Scottish Leaving Certificate Examination, 1953
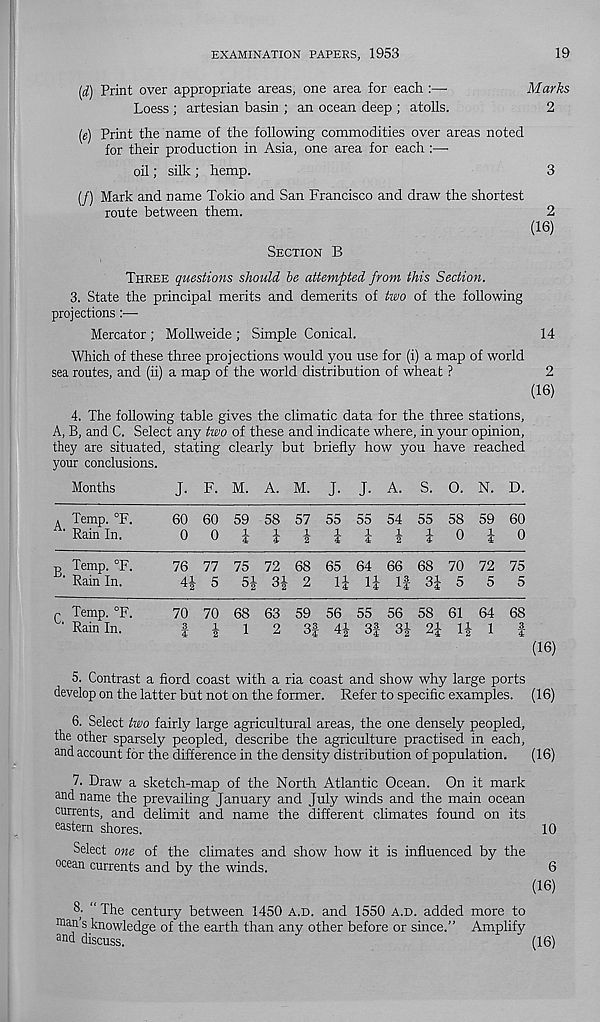
EXAMINATION PAPERS, 1953
19
[d) Print over appropriate areas, one area for each :—•
Marks
Loess ; artesian basin ; an ocean deep ; atolls.
2
(«) Print the name of the following commodities over areas noted
for their production in Asia, one area for each :—
oil; silk ; hemp.
3
(/) Mark and name Tokio and San Francisco and draw the shortest
route between them.
2
(16)
SECTION B
THREE questions should he attempted from this Section.
3.
State the principal merits and demerits of two of th
projections
Mercator ; Mollweide ; Simple Conical.
14
Which of these three projections would you use for (i) a map of world
sea routes, and (ii) a map of the world distribution of wheat ?
2
(16)
4.
The following table gives the climatic data for the th
A, B, and C. Select any two of these and indicate where, in your opinion,
they are situated, stating clearly but briefly how you have reached
your conclusions.
Months
J. F. M. A. M. J. J. A. S. O. N. D.
A Temp. °F.
60 60 59 58 57 55 55 54 55 58 59 60
Rain In.
0 0iJiii!i0i0
? Temp. °F.
76 77 75 72 68 65 64 66 68 70 72 75
Rain In.
4J 5 SJ 3| 2
1J 1| If 3| 5 5 5
r Temp. °F.
70 70 68 63 59 56 55 56 58 61 64 68
' Rain In.
f §
1
2 3f 4J 3f 3J 2J 1J 1
f
(16)
5. Contrast a fiord coast with a ria coast and show why large ports
develop on the latter but not on the former. Refer to specific examples. (16)
6. Select two fairly large agricultural areas, the one densely peopled,
the other sparsely peopled, describe the agriculture practised in each,
and account for the difference in the density distribution of population.
(16)
7. Draw a sketch-map of the North Atlantic Ocean. On it mark
and name the prevailing January and July winds and the main ocean
currents, and delimit and name the different climates found on its
eastern shores.
10
Select one of the climates and show how it is influenced by the
ocean currents and by the winds.
6
(16)
8- “ The century between 1450 A.D. and 1550 A.D. added more to
oaan s knowledge of the earth than any other before or since.” Amplify
and discuss.
(16)